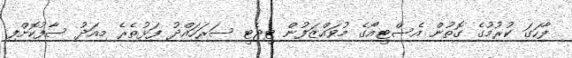
ފާހަގަ ކުރުމުގެ ގޮތުން އެސްޓީއޯގެ މުވައްޒަފުން ޓީޖެޓީ ސަރަހައްދު ފަޅުތެރެ މިއަދު ސާފުކޮށްފި